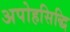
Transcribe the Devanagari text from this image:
अपोहसिद्धि